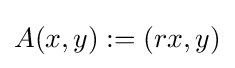
A(x,y):=(rx,y)